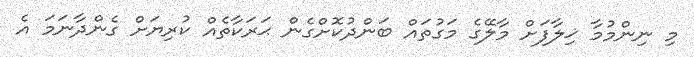
މި ނިންމުމާ ޚިލާފަށް މާލޭގެ މަގުތައް ބަންދުކޮށްގެން ޙަރަކާތެއް ކުރިޔަށް ގެންދާނަމަ އެ